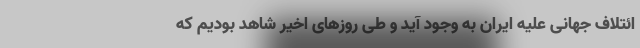
ائتلاف جهانی علیه ایران به وجود آید و طی روزهای اخیر شاهد بودیم که